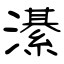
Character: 濝